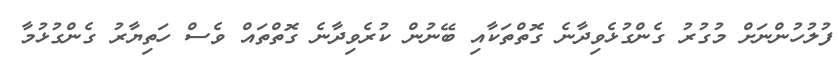
ފުލުހުންނަށް މުގުރު ގެންގުޅެވިދާނެ ގޮތްތަކާއި ބޭނުން ކުރެވިދާނެ ގޮތްތައް ވެސް ހަތިޔާރު ގެންގުޅުމާ